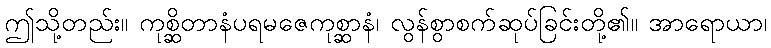
ဤသို့တည်း။ ကုစ္ဆိတာနံပရမဇေကုစ္ဆာနံ၊ လွန်စွာစက်ဆုပ်ခြင်းတို့၏။ အာရောယာ၊